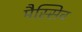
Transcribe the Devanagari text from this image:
मैस्सिव